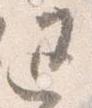
退